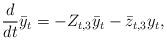
LaTeX: \begin{align*}\frac{d}{dt}\bar{y}_t = -Z_{t,3}\bar{y}_t - \bar{z}_{t,3}y_t,\end{align*}